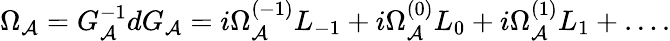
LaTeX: \Omega_{\cal A}=G_{\cal A}^{-1}dG_{\cal A}=i\Omega_{\cal A}^{(-1)}L_{-1}+i\Omega_{\cal A}^{(0)}L_{0}+i\Omega_{\cal A}^{(1)}L_{1}+\ldots.